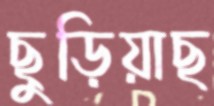
ছুড়িয়াছ